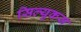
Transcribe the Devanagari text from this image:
सिल्युकस